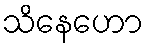
သိနေဟော